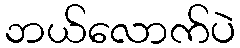
ဘယ်လောက်ပဲ